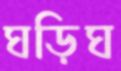
ঘড়িঘ